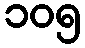
၁၀၅